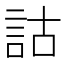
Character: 詁